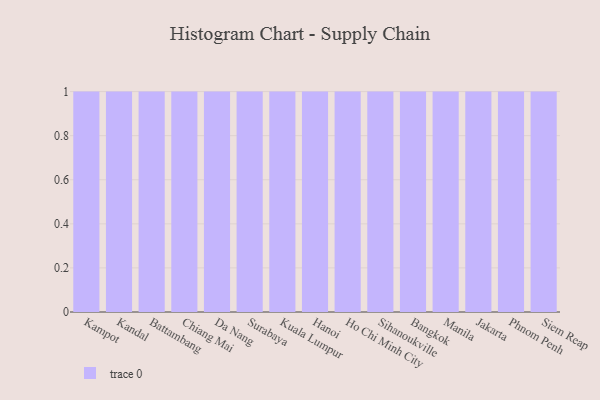
{"axis": {"x": "City", "y": "Churn Rate (%)"}, "legend": [""], "data": [{"x": "Kampot", "y": 54, "type": ""}, {"x": "Kandal", "y": 4, "type": ""}, {"x": "Battambang", "y": 78, "type": ""}, {"x": "Chiang Mai", "y": 71, "type": ""}, {"x": "Da Nang", "y": 7, "type": ""}, {"x": "Surabaya", "y": 11, "type": ""}, {"x": "Kuala Lumpur", "y": 36, "type": ""}, {"x": "Hanoi", "y": 64, "type": ""}, {"x": "Ho Chi Minh City", "y": 49, "type": ""}, {"x": "Sihanoukville", "y": 100, "type": ""}, {"x": "Bangkok", "y": 60, "type": ""}, {"x": "Manila", "y": 9, "type": ""}, {"x": "Jakarta", "y": 82, "type": ""}, {"x": "Phnom Penh", "y": 58, "type": ""}, {"x": "Siem Reap", "y": 4, "type": ""}]}